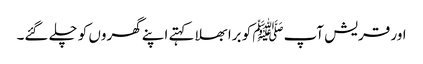
اور قریش آپﷺ کو برا بھلا کہتے اپنے گھروں کو چلے گئے۔